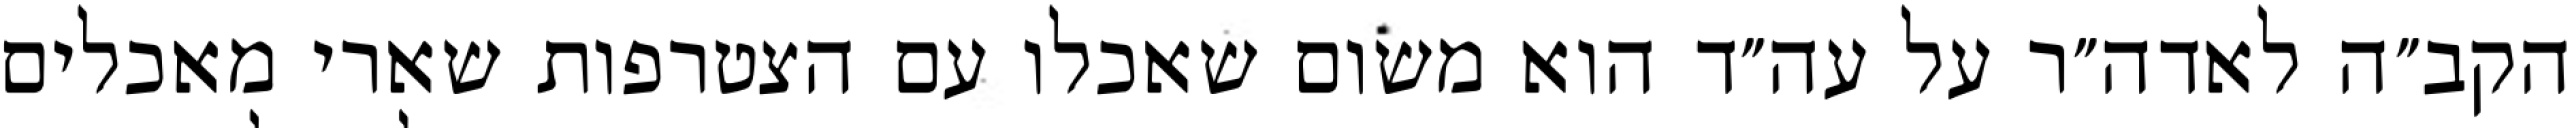
הקב״ה לאדה״ר על עה״ד הוא משום שאכלו עם הצטרפות שארי מאכלים